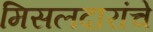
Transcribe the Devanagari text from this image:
मिसलदारांचे